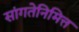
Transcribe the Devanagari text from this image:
सांगतेनिमित्त